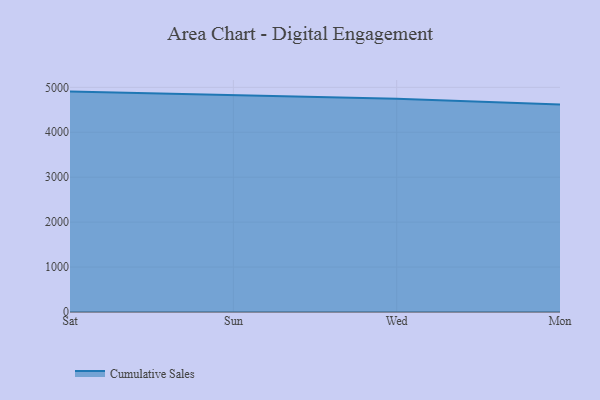
{"axis": {"x": "Day", "y": "Gross Profit (USD K)"}, "legend": ["Cumulative Sales"], "data": [{"x": "Sat", "y": 4904.8, "type": "Cumulative Sales"}, {"x": "Sun", "y": 4821.9, "type": "Cumulative Sales"}, {"x": "Wed", "y": 4747.2, "type": "Cumulative Sales"}, {"x": "Mon", "y": 4617.0, "type": "Cumulative Sales"}]}